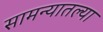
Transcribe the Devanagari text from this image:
सामन्यातल्या